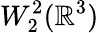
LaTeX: W_{2}^{2}({\mathbb R}^{3})